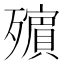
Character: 𣩵